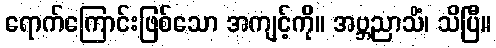
ရောက်ကြောင်းဖြစ်သော အကျင့်ကို။ အဗ္ဘညာသိံ၊ သိပြီ။